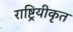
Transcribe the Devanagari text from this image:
राष्ट्रियीकृत